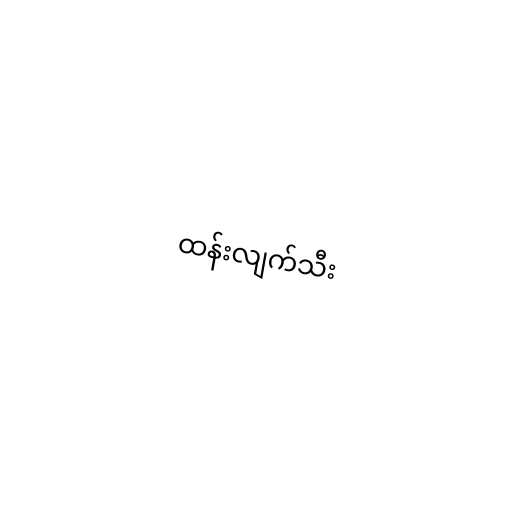
ထန်းလျက်သီး